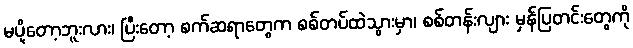
မပို့တော့ဘူးလား၊ ပြီးတော့ စက်ဆရာတွေက စစ်တပ်ထဲသွားမှာ၊ စစ်တန်းလျား မှန်ပြတင်းတွေကို